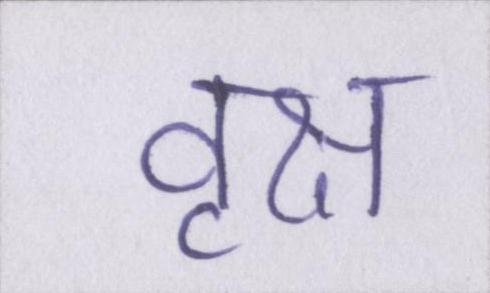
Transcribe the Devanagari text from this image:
वृक्ष